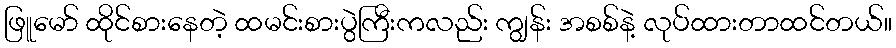
ဖြူမော် ထိုင်စားနေတဲ့ ထမင်းစားပွဲကြီးကလည်း ကျွန်း အစစ်နဲ့ လုပ်ထားတာထင်တယ်။